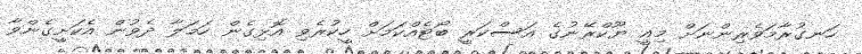
ހަނގުރާމަވެރިންނަށް މިއީ ޔޫކްރޭނުގެ އަސްކަރީ ބޯޓެއްކަމަށް ހީކުރެވި އޮޅިގެން ހަމަލާ ދެވުން އެކަށީގެންވާ